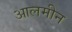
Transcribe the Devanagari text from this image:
आलमीन